Leaving Certificate Examination (including Day School Certificate (Higher) General paper), 1930
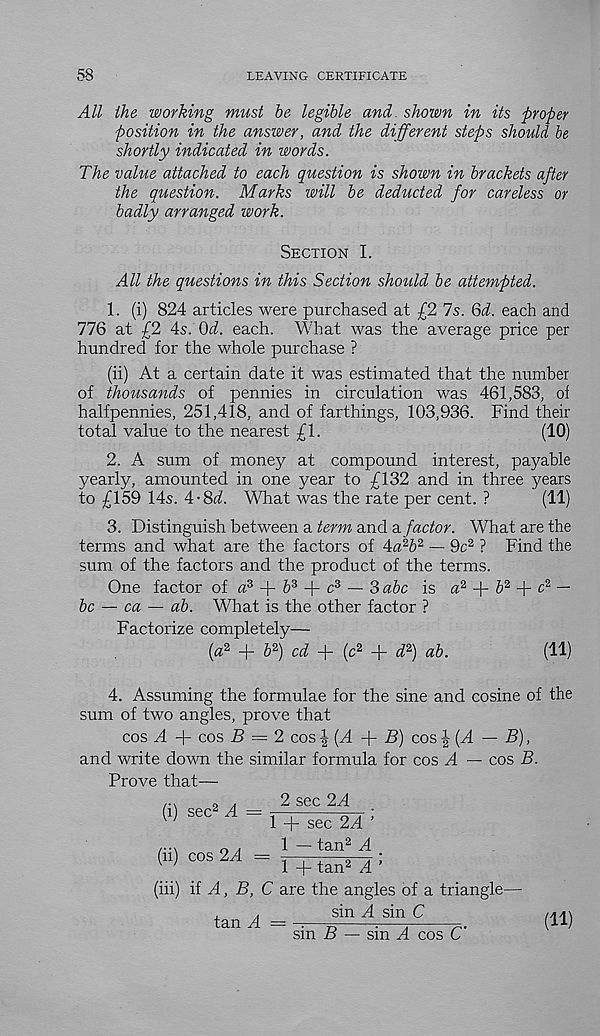
58
LEAVING CERTIFICATE
All ihe working must be legible and. shown in its proper
position in the answer, and the different steps should be
shortly indicated in words.
The value attached to each question is shown in brackets after
the question. Marks will be deducted for careless or
badly arranged work.
Section I.
All the questions in this Section should be attempted.
1. (i) 824 articles were purchased at £2 Is. 6d. each and
776 at £2 4s. Od. each. What was the average price per
hundred for the whole purchase ?
(ii) At a certain date it was estimated that the number
of thousands of pennies in circulation was 461,583, of
halfpennies, 251,418, and of farthings, 103,936. Find their
total value to the nearest £\.
(10)
2. A sum of money at compound interest, payable
yearly, amounted in one year to £132 and in three years
to £159 14s. 4-8i. What was the rate per cent. ?
(11)
3. Distinguish between a term and a. factor. What are the
terms and what are the factors of 4<^6 2 — 9c 2 ? Find the
sum of the factors and the product of the terms.
One factor of a 3 + 6 3 + c 3 — 3 abc is <z 2 + Z> 2 + c 2 —
be — ca — ab. W T hat is the other factor ?
Factorize completely—
(a 2 + 6 2 ) cd + (c 2 + d 2 ) ab.
(11)
4. Assuming the formulae for the sine and cosine of the
sum of two angles, prove that
cos A -j- cos B — 2 cos \{A
B) cos \{A — B),
and write down the similar formula for cos A — cos B.
Prove that—
(i)
(ii)
sec 2 A =
cos 2A =
2 sec 2A
1 + sec 2A ’
1 — tan 2 A _
1 + tan 2 A ’
(iii) ii A, B, C are the angles of a triangle—
sin A sin C
iaj\\